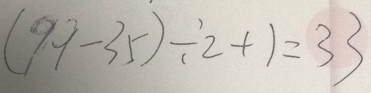
( 9 9 - 3 5 ) \div 2 + 1 = 3 3